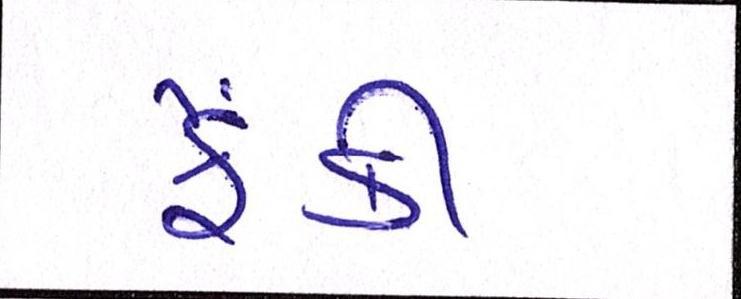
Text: ફેંકી